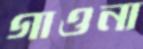
গাওনা